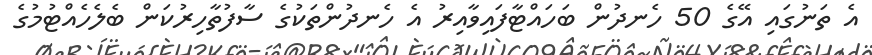
އެ ތަނުގައި އޭގެ 50 ހެނދުން ބަހައްޓާފައިވާއިރު އެ ހެނދުންތަކުގެ ސާފުތާހިރުކަން ބެލެހެއްްޓުމުގެ